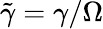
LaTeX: \tilde{\gamma}=\gamma/\Omega